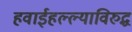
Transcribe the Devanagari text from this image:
हवाईहल्ल्याविरुद्ध